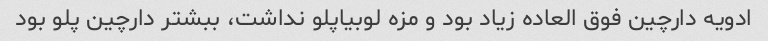
ادویه دارچین فوق العاده زیاد بود و مزه لوبیاپلو نداشت، ببشتر دارچین پلو بود